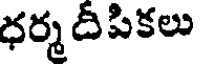
ధర్మ దీపికలు